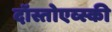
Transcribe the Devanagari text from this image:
दॉस्तोएव्स्की